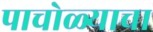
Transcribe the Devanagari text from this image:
पाचोळ्याचा